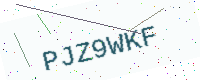
Text: PJZ9WKF